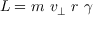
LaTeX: L = m \ v _ { \perp } \ r \ \gamma